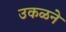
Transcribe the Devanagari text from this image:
उकळने